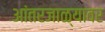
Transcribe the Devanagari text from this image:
आंतरजाळ्यावर